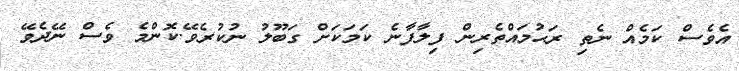
އެވެސް ކަމެއް ނެތި ރަޙުމައްތެރިން ފިލާފާނެ ކަމަކަށް ގަބޫލު ނުކުރެވޭ.ކޮންމެ ވެސް ނޭދެވޭ